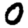
Digit: 0